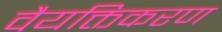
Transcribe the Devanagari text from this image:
वैयक्तिकरण